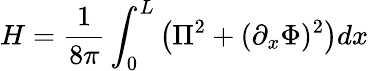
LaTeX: H=\frac{1}{8\pi}\int_{0}^{L}\left(\Pi^{2}+(\partial_{x}\Phi)^{2}\right)dx